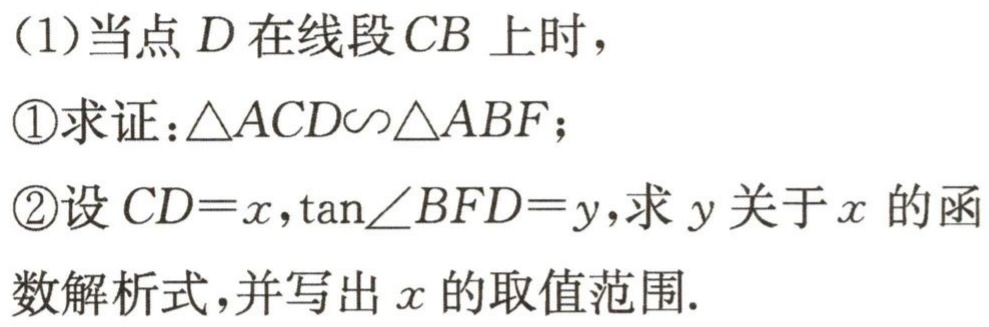
(1)当点\(D\)在线段\(CB\)上时，
\textcircled{1}求证：\(\triangle ACD\sim\triangle ABF\)；
\textcircled{2}设\(CD = x\)，\(\tan\angle BFD=y\)，求\(y\)关于\(x\)的函数解析式，并写出\(x\)的取值范围.